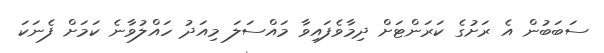
ސަބަބުން އެ ރަށުގެ ކަރަންޓަށް ދިމާވެފައިވާ މައްސަލަ މިއަދު ހައްލުވާނެ ކަމަށް ފެނަކަ